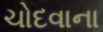
ચોદવાના